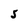
Character: S